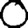
Digit: 0